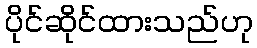
ပိုင်ဆိုင်ထားသည်ဟု